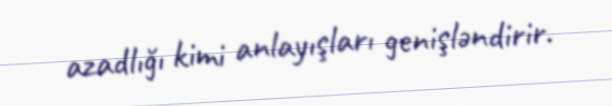
azadlığı kimi anlayışları genişləndirir.